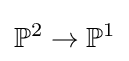
\mathbb {P} ^{2}\to \mathbb {P} ^{1}